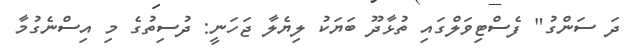
ދަ ސަންގު" ފެސްޓިވަލްގައި ތުޅާދޫ ބަޔަކު ލިޔެލާ ޖަހަނީ: ދުސިތުގެ މި އިސްނެގުމާ